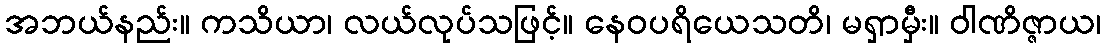
အဘယ်နည်း။ ကသိယာ၊ လယ်လုပ်သဖြင့်။ နေဝပရိယေသတိ၊ မရှာမှီး။ ဝါဏိဇ္ဇာယ၊